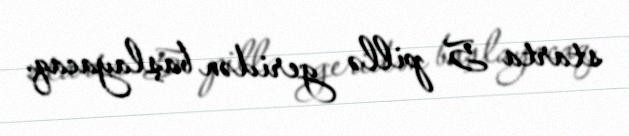
starta 5 pillə geridən başlayacaq.